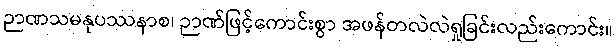
ဉာဏသမနုပဿနာစ၊ ဉာဏ်ဖြင့်ကောင်းစွာ အဖန်တလဲလဲရှုခြင်းလည်းကောင်း။